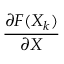
\frac { \partial F ( X _ { k } ) } { \partial X }